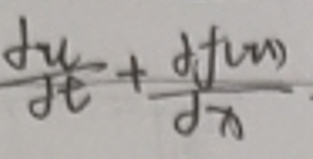
$\frac{\mathrm{d}u}{\mathrm{d}t}+\frac{\mathrm{d}f(u)}{\mathrm{d}x}$